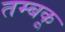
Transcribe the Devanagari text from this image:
तम्बकू